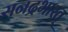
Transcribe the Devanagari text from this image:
सनद्रभारत्